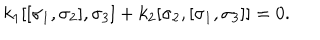
k _ { 1 } [ [ \sigma _ { 1 } , \sigma _ { 2 } ] , \sigma _ { 3 } ] + k _ { 2 } [ \sigma _ { 2 } , [ \sigma _ { 1 } , \sigma _ { 3 } ] ] = 0 .